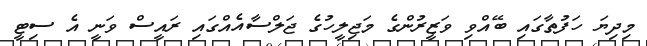
މިދިޔަ ހަފުތާގައި ބޭއްވި ވަޒީރުންގެ މަޖިލީހުގެ ޖަލްސާއެއްގައި ރައީސް ވަނީ އެ ސިޓީ